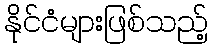
နိုင်ငံများဖြစ်သည့်